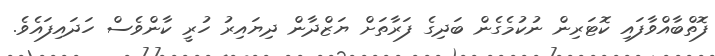
ފޮތްބާއްވާފައި ކޮޓަރިން ނުކުމެގެން ބަދިގެ ފަރާތަށް ޔަޒްދާން ދިޔައިރު ހުރީ ކާންވެސް ހަދައިފައެވެ.